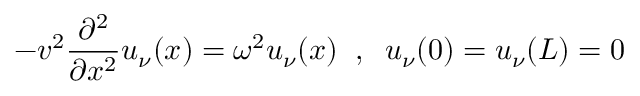
- v ^ { 2 } \frac { \partial ^ { 2 } } { \partial x ^ { 2 } } u _ { \nu } ( x ) = \omega ^ { 2 } u _ { \nu } ( x ) \; \; , \; \; u _ { \nu } ( 0 ) = u _ { \nu } ( L ) = 0